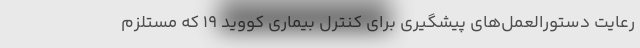
رعایت دستورالعمل‌های پیشگیری برای کنترل بیماری کووید ۱۹ که مستلزم